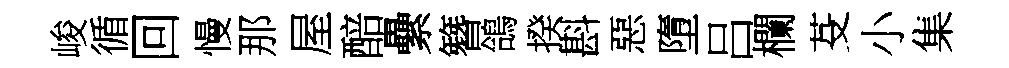
峻循回慢那屋醅纍簪鴿揆斟惡墮吕欄芟小集